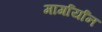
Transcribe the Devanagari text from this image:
मार्गार्यान